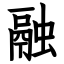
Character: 融